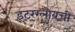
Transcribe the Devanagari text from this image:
इंटरग्लोबची